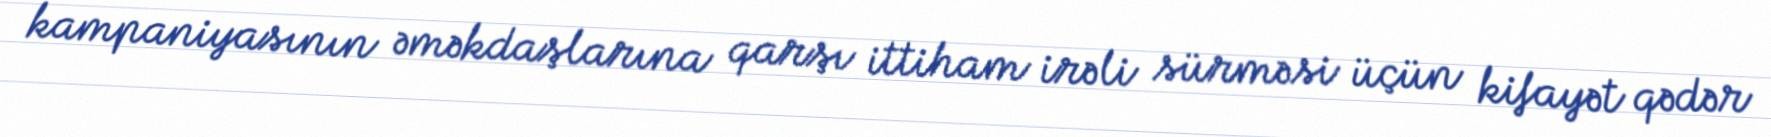
kampaniyasının əməkdaşlarına qarşı ittiham irəli sürməsi üçün kifayət qədər